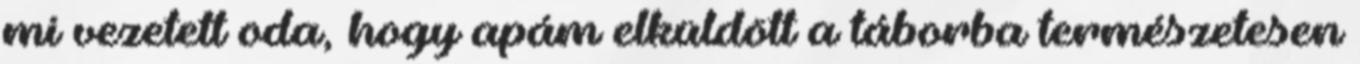
mi vezetett oda, hogy apám elküldött a táborba természetesen